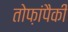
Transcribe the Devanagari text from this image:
तोफ़ांपैकी